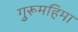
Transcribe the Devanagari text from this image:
गुरूमहिमा